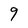
Character: 9